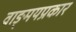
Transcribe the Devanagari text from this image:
वाङ्‌मयप्रकार